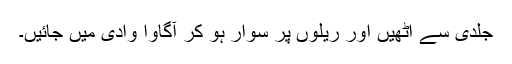
جلدی سے اٹھیں اور ریلوں پر سوار ہو کر آگاوا وادی میں جائیں۔